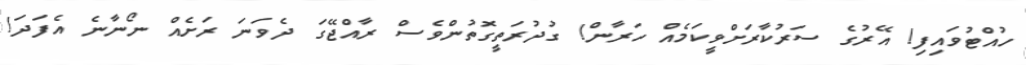
ހުއްޓުވައިފި! އޭރުގެ ސަރުކާރަށްވީކަމެއް ހަރާން! ގުދުރަތީގޮތުންވެސް ރާއްޖޭގަ ދެވަނަ ރަށެއް ނޯނާނެ އެފަދަ!